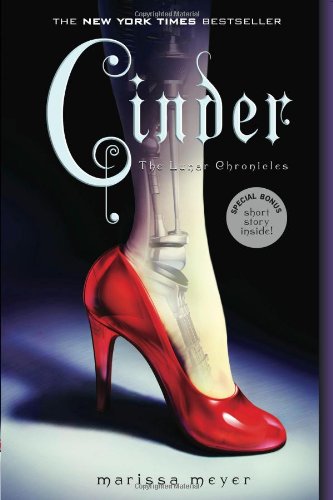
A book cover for Cinder: Book One of the Lunar Chronicles; Marissa Meyer; Teen & Young Adult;